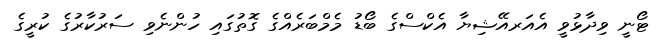
ޓޯނީ ވިދާޅުވީ އެއަރއޭޝިޔާ އެކްސްގެ ބޯޑު މެމްބަރެއްގެ ގޮތުގައި ހުންނެވި ސަރުކާރުގެ ކުރީގެ